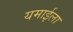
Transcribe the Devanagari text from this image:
यमाईला